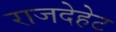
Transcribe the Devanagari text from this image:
राजदेहेट